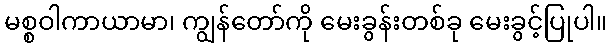
မစ္စဝါကာယာမာ၊ ကျွန်တော်ကို မေးခွန်းတစ်ခု မေးခွင့်ပြုပါ။